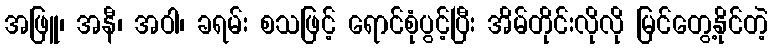
အဖြူ၊ အနီ၊ အဝါ၊ ခရမ်း စသဖြင့် ရောင်စုံပွင့်ပြီး အိမ်တိုင်းလိုလို မြင်တွေ့နိုင်တဲ့